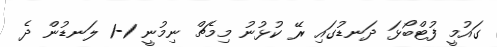
ގައުމީ ފުޓްބޯޅަ ދަނޑުގައި ރޭ ކުޅުނު މިމެޗް ނިމުނީ 1-1 ލަނޑުން ދެ